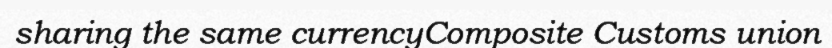
sharing the same currencyComposite Customs union